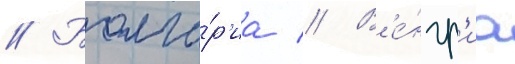
// Болга́р'иа // В'е́нгр'иа